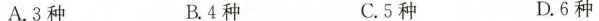
A.3种 B.4种 C.5种 D.6种